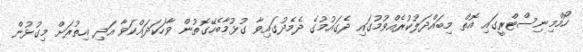
ހޯމްމިނިސްޓްރީގައި އޮތް މިބައްދަލުކުރެއްވުމުގައި ދެގައުމުގެ ދެމެދުގައިވާ ގުޅުމާބެހޭގޮތުން ވާހަކަދައްކަވާ އަދި އިތުރަށް މިގުޅުން